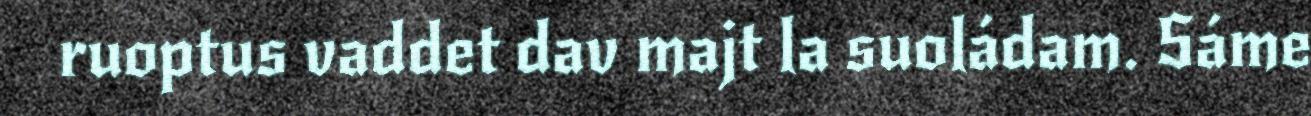
ruoptus vaddet dav majt la suoládam. Sáme